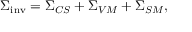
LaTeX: { \Sigma } _ { \mathrm { i n v } } = { \Sigma } _ { C S } + { \Sigma } _ { V M } + { \Sigma } _ { S M } ,